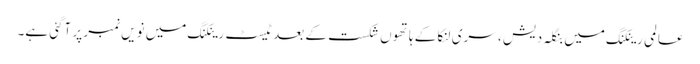
عالمی رینکنگ میں بنگلہ دیش ، سری لنکا کے ہاتھوں شکست کے بعد ٹیسٹ رینکنگ میں نویں نمبر پر آگئی ہے۔